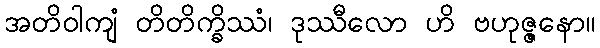
အတိဝါကျံ တိတိက္ခိဿံ၊ ဒုဿီလော ဟိ ဗဟုဇ္ဇနော။